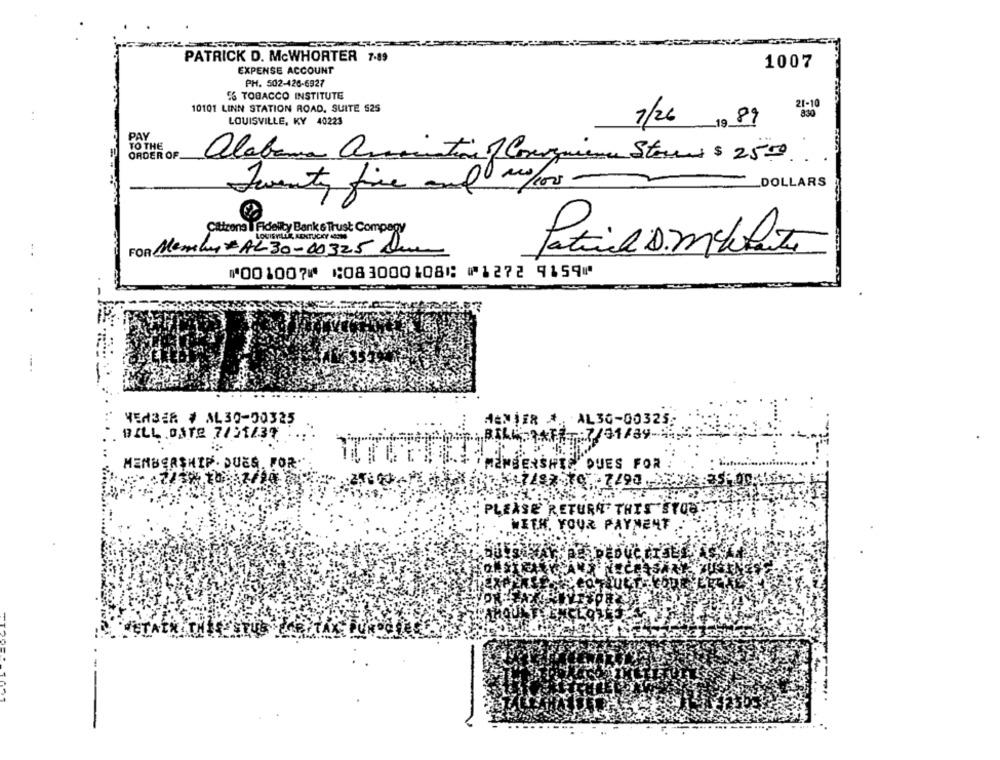
PATRICK D. MCWHORTER 7.89
1007
EXPENSE ACCOUNT
PH. 502-426-6927
5% TOBACCO INSTITUTE
21-10
10101 LINN STATION ROAD. SUITE 525
LOUISVILLE, KY 40223
7/26 19 89
PAY
TO THE
ORDER OF
alabama amination o Comoquiene Steered $ 2550
Twenty five and 1/100
DOLLARS
Citizens Fidelity Bank & Trust Company
LOUISVILLE, KENTUCKY SOM
FOR Members AL 30-00325
=
⑈001007⑈ ⑆083000108⑆ ⑈1272 9159⑈
VEMBER # AL30-00325
MENER #. AL30-00325.
BILL DATE 7/01/37
7/31/39-3:2
MEMBERSHIP. DUES. FOR:
MEMBERSHIT
QUES FOR
3672
PLEASE RETURN THIS'SYO8
WITH. YOUR PAYMENT